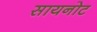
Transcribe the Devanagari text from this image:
सायनोट